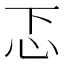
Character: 忑